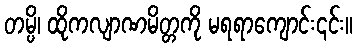
တမ္ပိ၊ ထိုကလျာဏမိတ္တကို မရရာကျောင်း၎င်း။